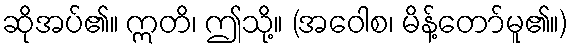
ဆိုအပ်၏။ ဣတိ၊ ဤသို့။ (အဝေါစ၊ မိန့်တော်မူ၏။)